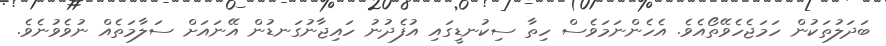
ބަދަލުތަކުން ހަމަޖެހެވޭތޯއެވެ. އެހެންނަމަވެސް ހިތާ ސިކުނޑީގައި އުފެދުނު ހައިޖާނުގަނޑުން އޭނައަށް ސަލާމަތެއް ނުވެވުނެވެ.